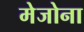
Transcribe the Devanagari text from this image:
मेजोना